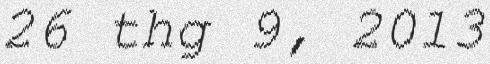
26 thg 9, 2013